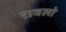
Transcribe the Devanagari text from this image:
रावलो